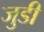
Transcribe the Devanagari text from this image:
जुडी